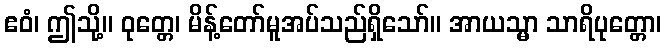
ဧဝံ၊ ဤသို့။ ဝုတ္တေ၊ မိန့်တော်မူအပ်သည်ရှိသော်။ အာယသ္မာ သာရိပုတ္တော၊